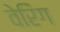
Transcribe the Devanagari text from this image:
वेरिंग